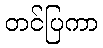
တင်ပြကာ